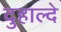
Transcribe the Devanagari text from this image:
दुहाल्दे